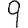
Digit: 9